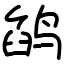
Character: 鹐